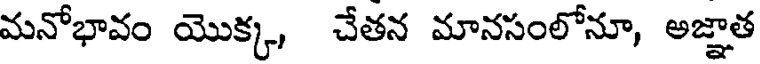
మనోభావం యొక్క, చేతన మానసంలోనూ, అజ్ఞాత